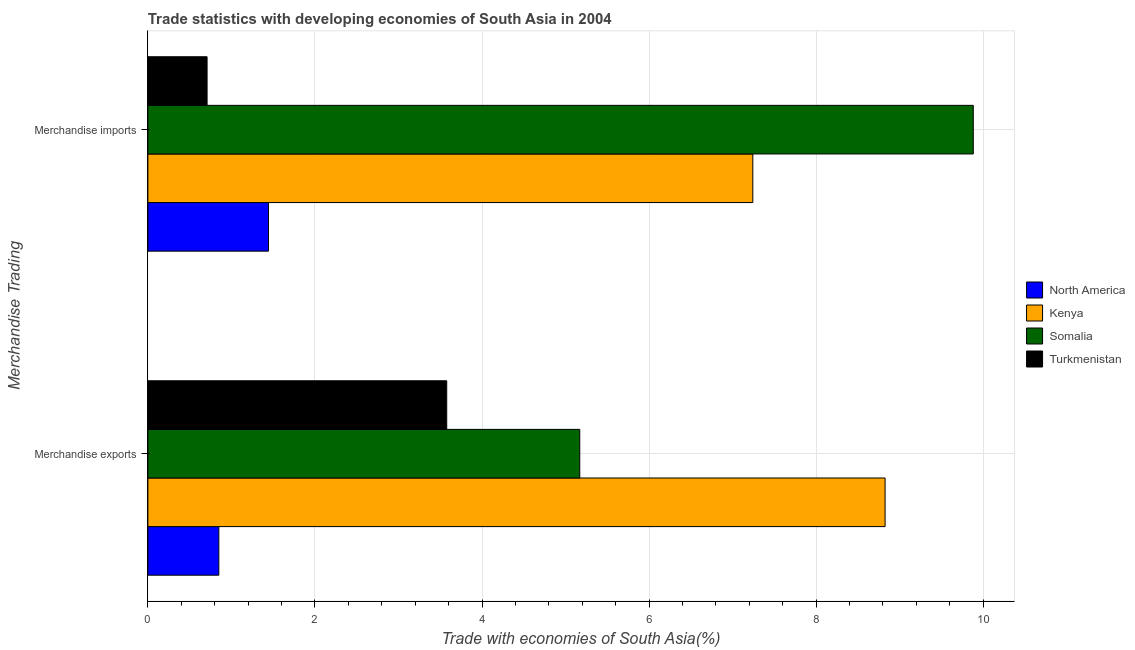
| Merchandise Trading | North America | Kenya | Somalia | Turkmenistan |
 | --- | --- | --- | --- | --- |
 | Merchandise exports | 0.849 | 8.83 | 5.17 | 3.58 |
 | Merchandise imports | 1.44 | 7.24 | 9.88 | 0.709 |